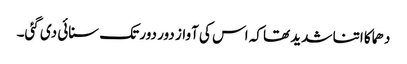
دھماکا اتنا شدید تھا کہ اس کی آواز دور دور تک سنائی دی گئی۔